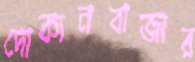
দোকানবাজার